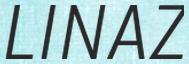
LINAZ